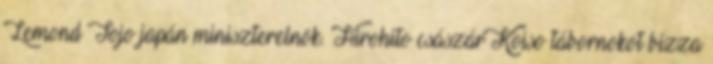
Lemond Tojo japán miniszterelnök. Hirohito császár Koiso tábornokot bízza